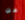
عن